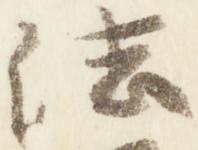
法